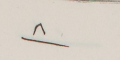
٨